Civil Veterinary Dept. North-West Frontier Province 1901-22 - 1901-1922
Year: 1901
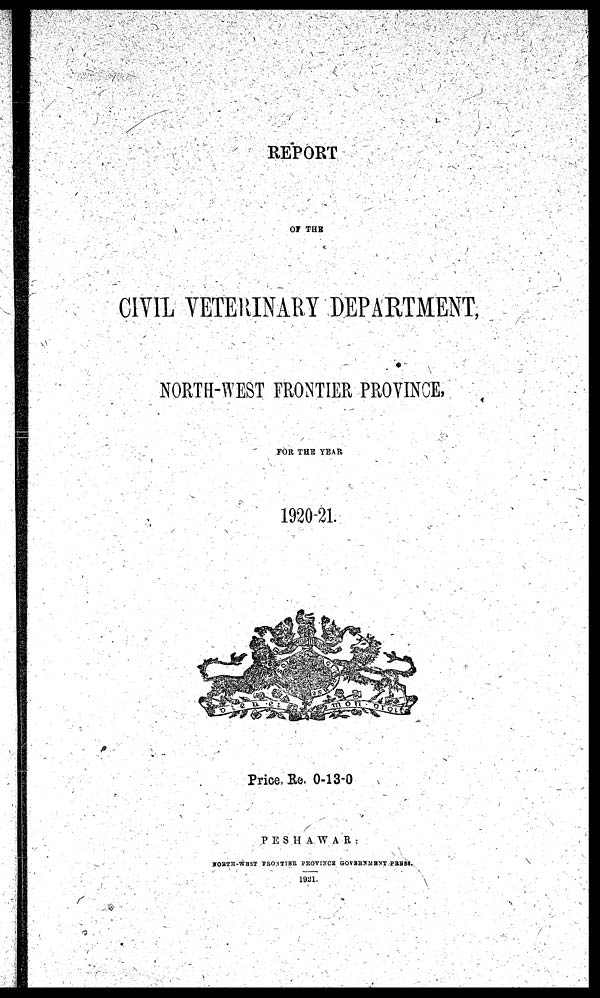
REPORT
OF THE
CIVIL VETERINARY DEPARTMENT,
NORTH-WEST FRONTIER PROVINCE,
FOR THE YEAR
1920-21.
Price Re 0-13-0
PESHAWAR:
NORTH-WEST PRONTIER PROVINCE GOVERNMENT PRESS.
1921.